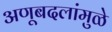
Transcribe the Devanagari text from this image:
अणूबदलांमुळे